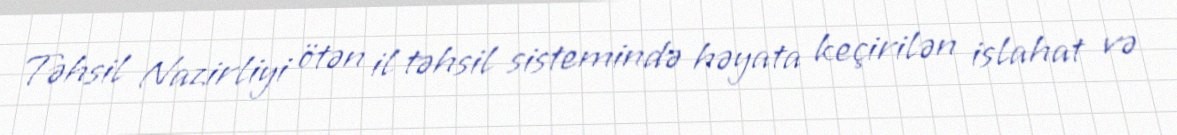
Təhsil Nazirliyi ötən il təhsil sistemində həyata keçirilən islahat və